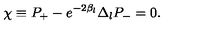
\chi \equiv P _ { + } - e ^ { - 2 \beta _ { l } } \Delta _ { l } P _ { - } = 0 .